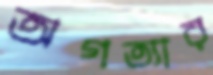
অগত্যার